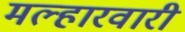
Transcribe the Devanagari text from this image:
मल्हारवारी